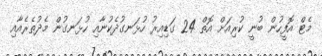
މެޓް އޮފީހުން ބުނީ ކުރިއަށް އޮތް 24 ގަޑިއިރު ހުޅަނގުދެކުނާއި ހުޅަނގުން މެދުތެރެއާއި